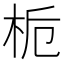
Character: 栀